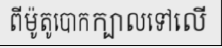
ពីម៉ូតូបោកក្បាលទៅលើ